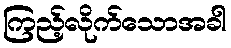
ကြည့်လိုက်သောအခါ